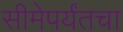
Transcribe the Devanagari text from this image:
सीमेपर्यंतचा